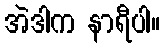
အဲဒါက နာရီပါ။